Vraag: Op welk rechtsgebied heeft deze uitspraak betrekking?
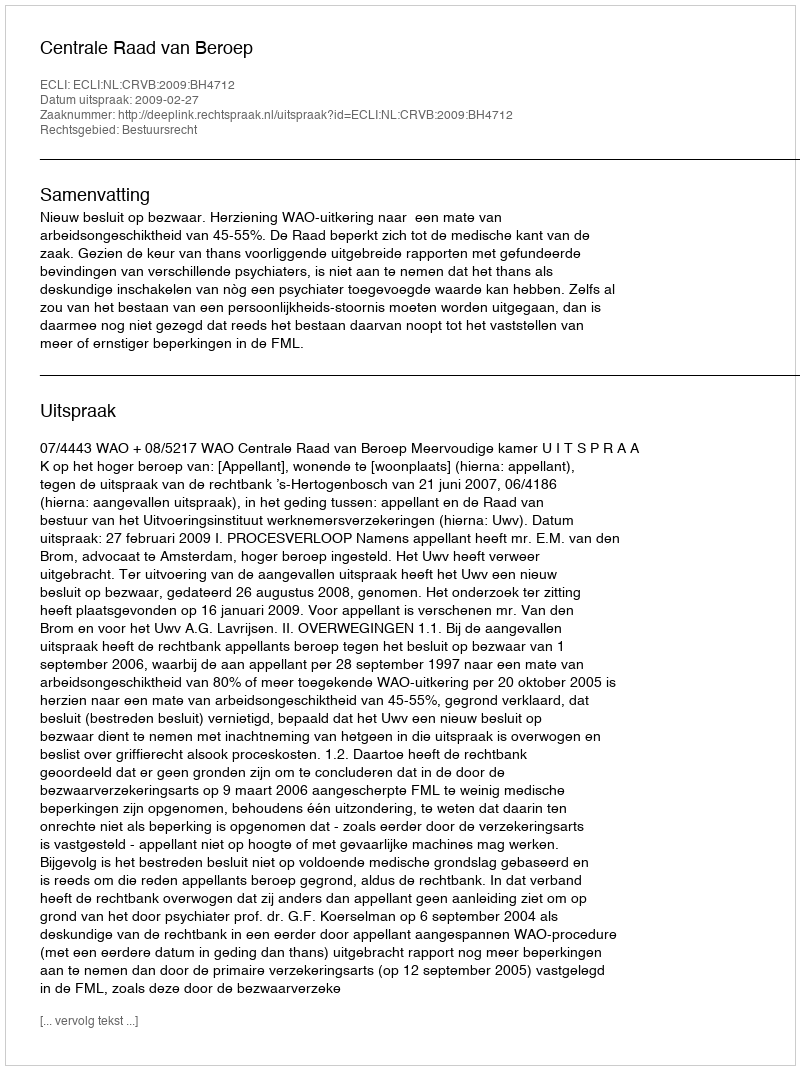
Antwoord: Bestuursrecht